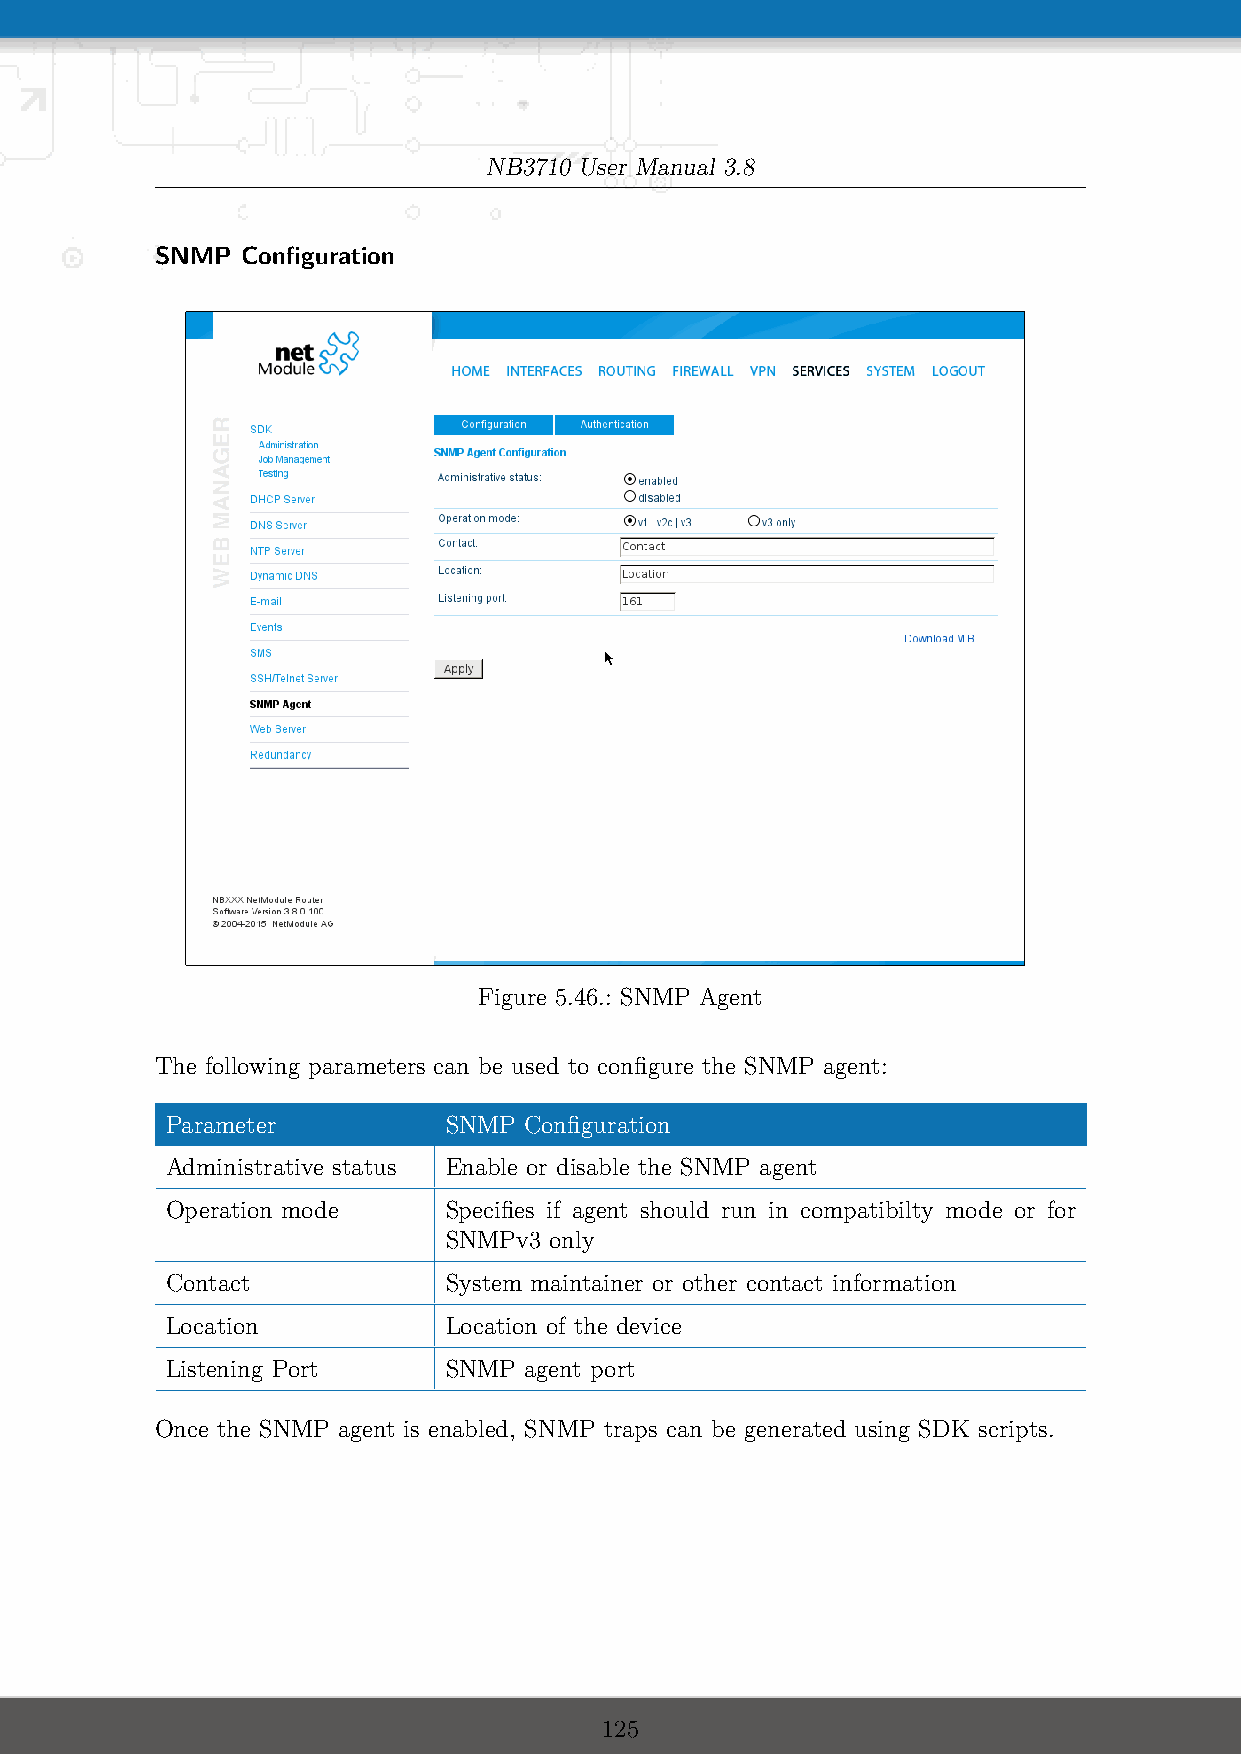
NB3710 User Manual 3.8
 SNMP  Configuration
 Figure 5.46.: SNMP Agent
 The following parameters can be used to configure the SNMP agent:
 Parameter         SNMP  Configuration
 Administrative status Enable or disable the SNMP agent
 Operation mode    Specifies if agent should run in compatibilty mode or for
 SNMPv3 only
 Contact           System maintainer or other contact information
 Location          Location of the device
 Listening Port    SNMP  agent port
 Once the SNMP agent is enabled, SNMP traps can be generated using SDK scripts.
 125